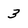
Character: 3